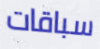
سباقات